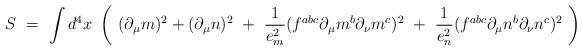
LaTeX: \begin{align*}S \ = \ \int d^4x \ \left( \ (\partial_\mu m )^2 + (\partial_\mu n)^2 \ + \ \frac{1}{e_m^2} (f^{abc} \partial_\mu m^b\partial_\nu m^c)^2 \ + \ \frac{1}{e_n^2} (f^{abc} \partial_\mu n^b\partial_\nu n^c)^2 \ \right)\end{align*}